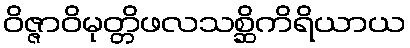
ဝိဇ္ဇာဝိမုတ္တိဖလသစ္ဆိကိရိယာယ